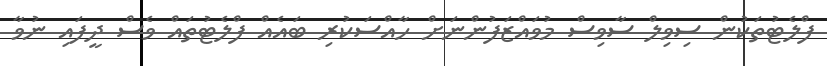
ފްލެޓުތަކުން ސިވިލް ސާވިސް މުވައްޒަފުންނަށް ހާއްސަކުރި ބައެއް ފްލެޓުތައް ވެސް ދީފައި ނުވާ